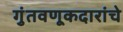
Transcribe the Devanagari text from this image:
गुंतवणूकदारांचे